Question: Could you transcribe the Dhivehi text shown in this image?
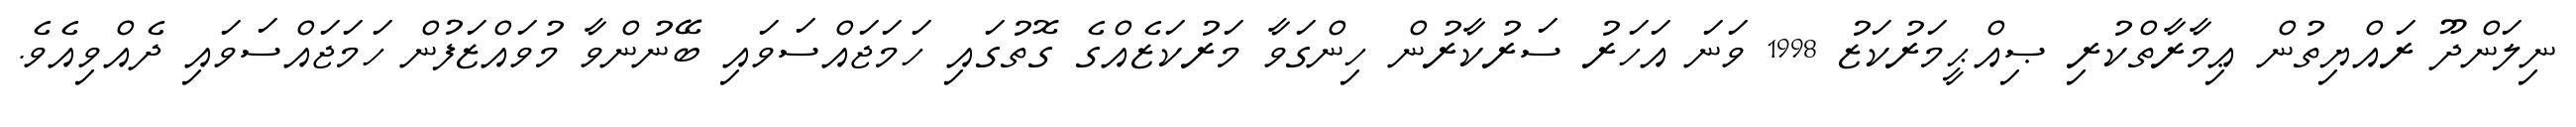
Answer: ނިލަންދޫ ރައްޔިތުން ޢިމާރާތްކުރި ޞިއްޙީމަރުކަޒު 1998 ވަނަ އަހަރު ސަރުކާރުން ހިންގަވާ މަރުކަޒެއްގެ ގޮތުގައި ހަމަޖައްސަވައި ބޭނުންވާ މުވައްޒަފުން ހަމަޖައްސަވައި ދެއްވިއެވެ.